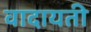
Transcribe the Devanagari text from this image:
वादायती